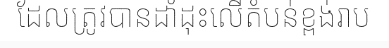
ដែលត្រូវបានដាំដុះលើតំបន់ខ្ពង់រាប